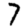
Digit: 7